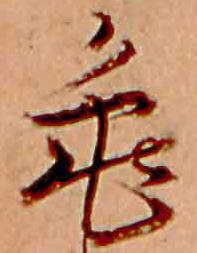
亀